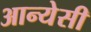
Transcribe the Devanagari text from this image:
आन्येसी